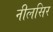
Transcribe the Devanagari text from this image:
नीलसिर